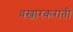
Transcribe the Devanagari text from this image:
वखारकरांती